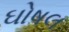
ઘોષલ